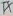
Text: TX